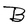
Character: B